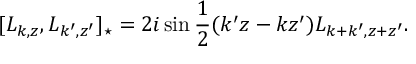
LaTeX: [ L _ { k , z } , L _ { k ^ { \prime } , z ^ { \prime } } ] _ { \star } = 2 i \sin \frac { 1 } { 2 } ( k ^ { \prime } z - k z ^ { \prime } ) L _ { k + k ^ { \prime } , z + z ^ { \prime } } .